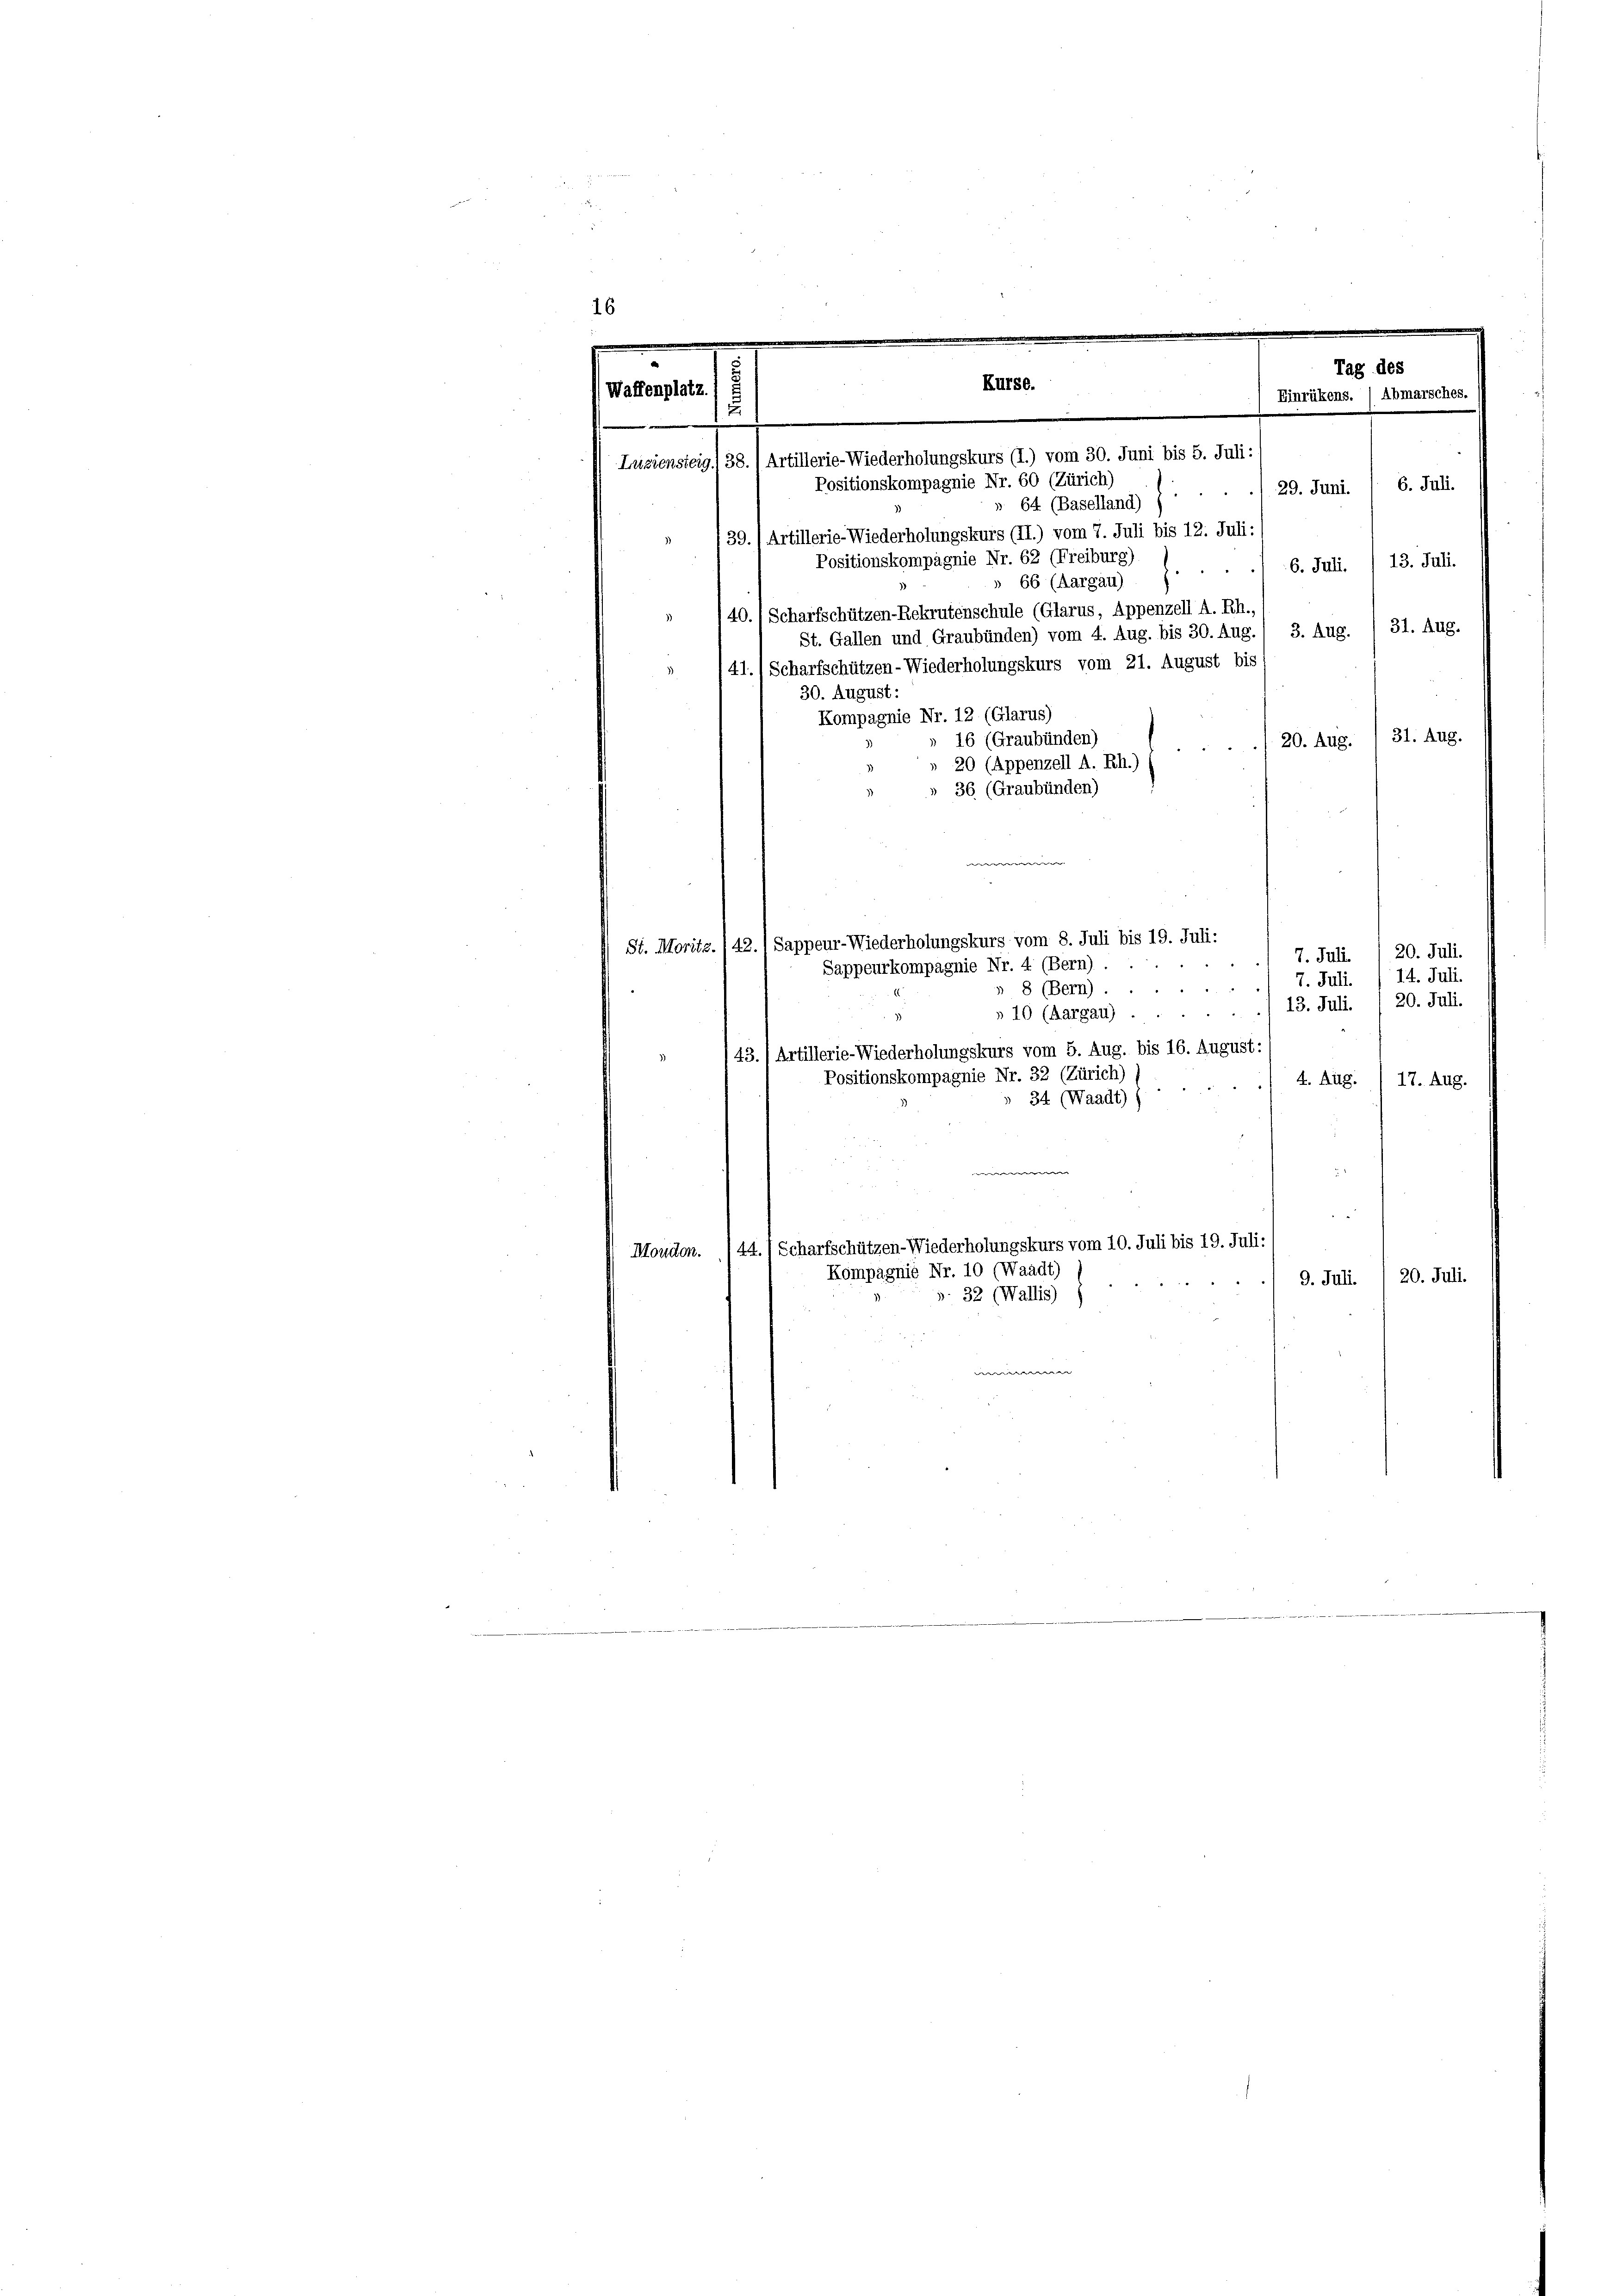
16
d
Tag des
Waffenplatz
Einrükens. / Abmarsches.
u
Luziensteig) 38. ) Artillerie-Wiederholungskurs (I.) vom 30. Juni bis 5. Juli:
Positionskompagnie Nr. 60 (Zürich)
6. Juli.
./29. Juni.
» 64 (Baselland)
39./ Artillerie-Wiederholungskurs (II.) vom 7. Juli bis 12. Juli:
Positionskompagnie Nr. 62 (Freiburg)
13. Juli.
 6. Juli.
» 66 (Aargau)
40.) Scharfschützen-Rekrutenschule (Glarus, Appenzell A. Rh.,
St. Gallen und Graubünden) vom 4. Aug. bis 30. Aug./ 3. Aug. / 31. Aug.
41.) Scharfschützen-Wiederholungskurs vom 21. August bis
30. August:
Kompagnie Nr. 12 (Glarus)
31. Aug.
16 (Graubünden)
20. Aug.
20 (Appenzell A. Rh.)
» 36 (Graubünden)

.
7. Juli 20. Juli.
14. Juli.
7. Juli.
3
» 8 (Bern).
20. Juli.
13. Juli.
2
» 10 (Aargau) . .
43.) Artillerie-Wiederholungskurs vom 5. Aug. bis 16. August:
3)
Positionskompagnie Nr. 32 (Zürich)
4. Aug.
17. Aug.
 34 (Waadt) )
Scharfschützen-Wiederholungskurs vom 10. Juli bis 19. Juli:
44.
Moudon.
Kompagnie Nr. 10 (Waadt)
9. Juli. /20. Juli.
§. 32 (Wallis)

Kurse.

St. Moritz. (42.) Sappeur-Wiederholungskurs vom 8. Juli bis 19. Juli:
Sappeurkompagnie Nr. 4 (Bern)